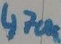
Text: 470K